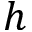
h